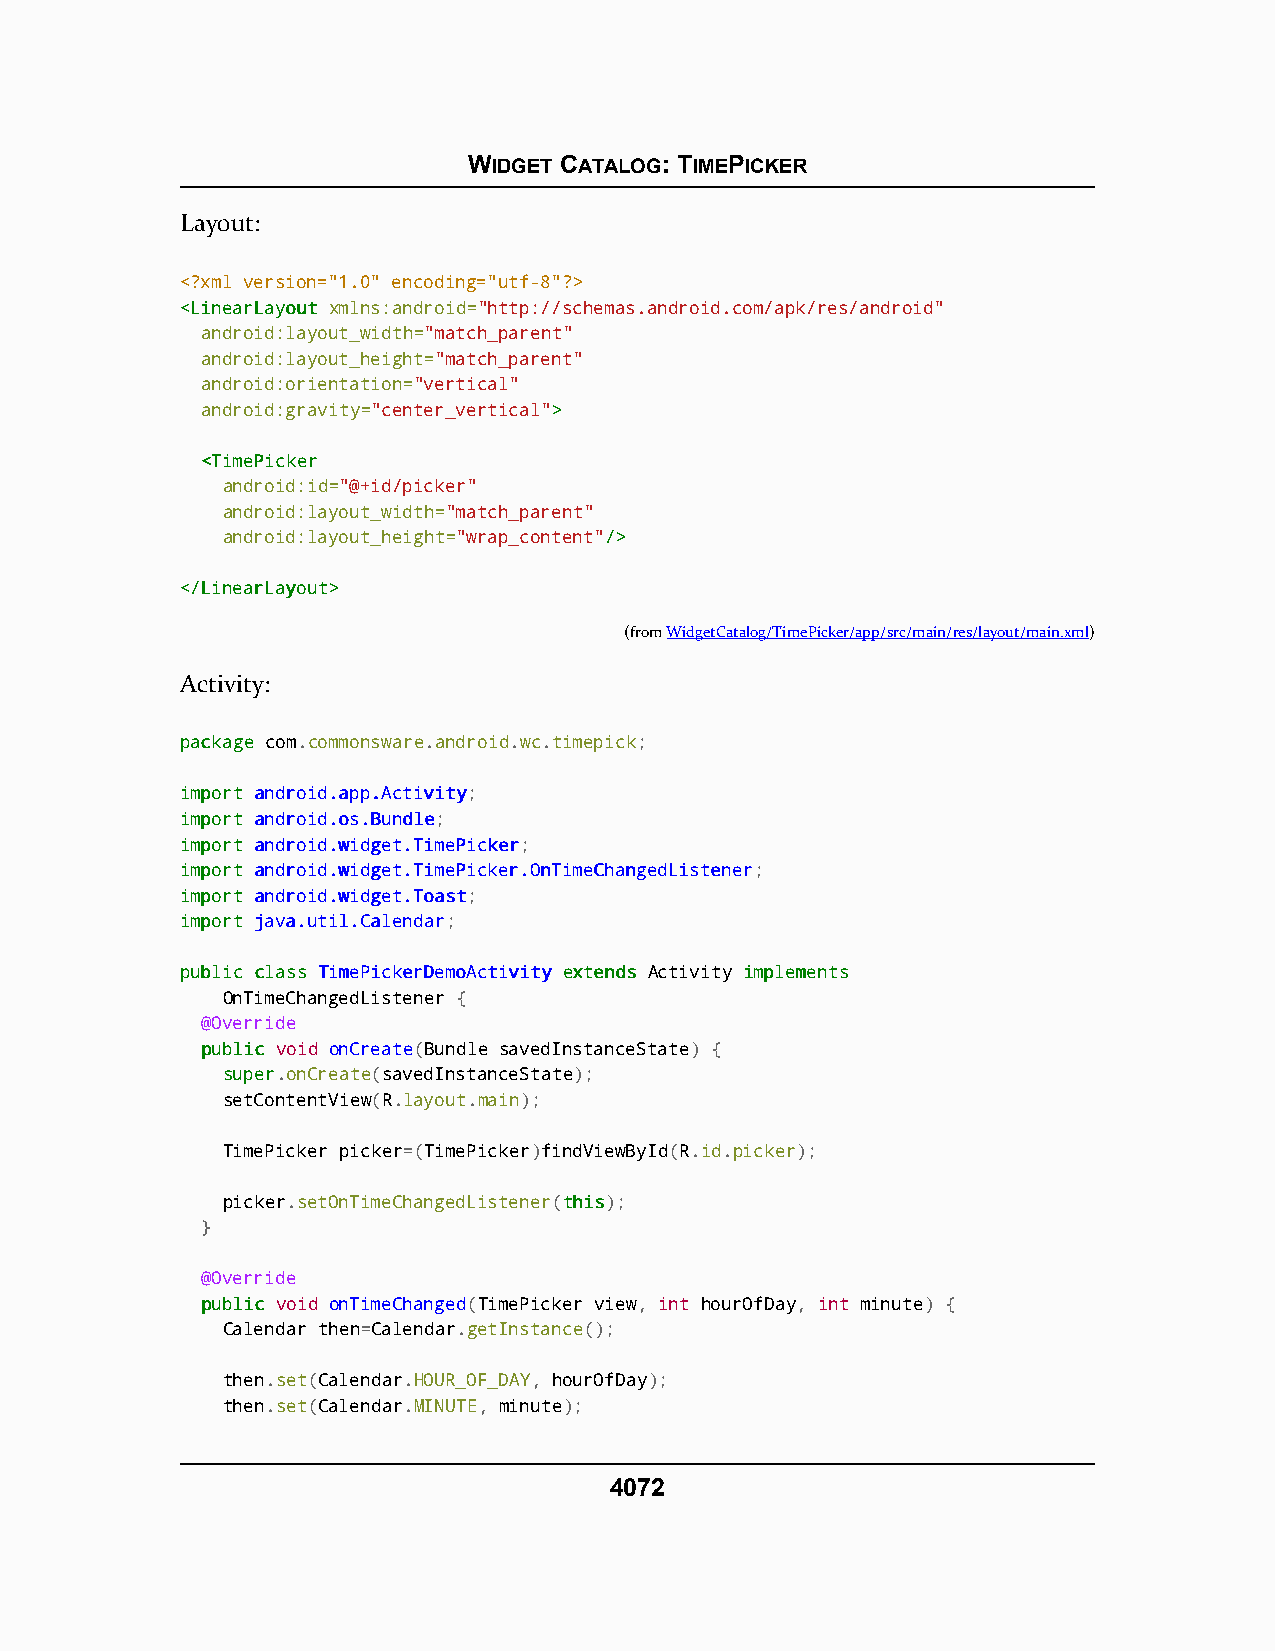
WIDGET CATALOG: TIMEPICKER
 Layout:
 <?xml version="1.0" encoding="utf-8"?>
 <<LLiinneeaarrLLaayyoouutt xmlns:android="http://schemas.android.com/apk/res/android"
 android:layout_width="match_parent"
 android:layout_height="match_parent"
 android:orientation="vertical"
 android:gravity="center_vertical">>
 <<TTiimmeePPiicckkeerr
 android:id="@+id/picker"
 android:layout_width="match_parent"
 android:layout_height="wrap_content"//>>
 <<//LLiinneeaarrLLaayyoouutt>>
 (fromWidgetCatalog/TimePicker/app/src/main/res/layout/main.xml)
 Activity:
 ppaacckkaaggee com.commonsware.android.wc.timepick;
 iimmppoorrtt aannddrrooiidd..aapppp..AAccttiivviittyy;
 iimmppoorrtt aannddrrooiidd..ooss..BBuunnddllee;
 iimmppoorrtt aannddrrooiidd..wwiiddggeett..TTiimmeePPiicckkeerr;
 iimmppoorrtt aannddrrooiidd..wwiiddggeett..TTiimmeePPiicckkeerr..OOnnTTiimmeeCChhaannggeeddLLiisstteenneerr;
 iimmppoorrtt aannddrrooiidd..wwiiddggeett..TTooaasstt;
 iimmppoorrtt jjaavvaa..uuttiill..CCaalleennddaarr;
 ppuubblliicc ccllaassss TTiimmeePPiicckkeerrDDeemmooAAccttiivviittyy eexxtteennddss Activity iimmpplleemmeennttss
 OnTimeChangedListener {
 @Override
 ppuubblliicc void onCreate(Bundle savedInstanceState) {
 ssuuppeerr.onCreate(savedInstanceState);
 setContentView(R.layout.main);
 TimePicker picker=(TimePicker)findViewById(R.id.picker);
 picker.setOnTimeChangedListener(tthhiiss);
 }
 @Override
 ppuubblliicc void onTimeChanged(TimePicker view, int hourOfDay, int minute) {
 Calendar then=Calendar.getInstance();
 then.set(Calendar.HOUR_OF_DAY, hourOfDay);
 then.set(Calendar.MINUTE, minute);
 4072